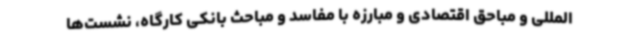
المللی و مباحق اقتصادی و مبارزه با مفاسد و مباحث بانکی کارگاه، نشست‌ها